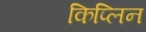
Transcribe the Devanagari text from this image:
किप्लिन